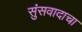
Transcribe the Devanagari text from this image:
सुंसवादाचा